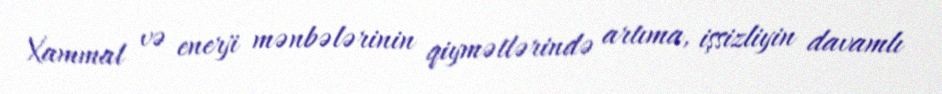
Xammal və enerji mənbələrinin qiymətlərində artıma, işsizliyin davamlı